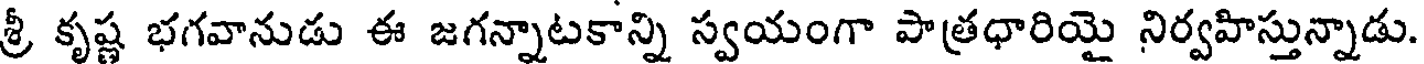
శ్రీ కృష్ణ భగవానుడు ఈ జగన్నాటకాన్ని స్వయంగా పాత్రధారియై నిర్వహిస్తున్నాడు.